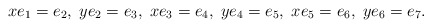
\begin{align*}xe_1=e_2,\; ye_2=e_3, \; xe_3=e_4,\; ye_4=e_5,\; xe_5=e_6,\; ye_6=e_7. \end{align*}